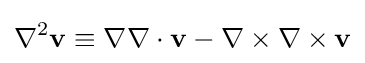
\nabla ^{2}\mathbf {v} \equiv \nabla \nabla \cdot \mathbf {v} -\nabla \times \nabla \times \mathbf {v}